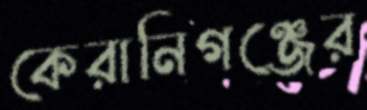
কেরানিগঞ্জের